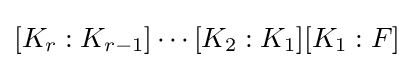
[K_{r}:K_{r-1}]\cdots [K_{2}:K_{1}][K_{1}:F]